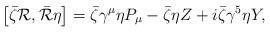
\begin{align*}\left[\bar{\zeta}{\cal R}, \bar{\cal R} \eta \right]= \bar{\zeta} \gamma^\mu \eta P_\mu - \bar{\zeta} \eta Z +i\bar{\zeta} \gamma^5 \eta Y, \end{align*}